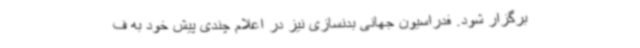
برگزار شود. فدراسیون جهانی بدنسازی نیز در اعلام چندی پیش خود به ف